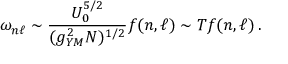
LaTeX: \omega _ { n \ell } \sim { \frac { U _ { 0 } ^ { 5 / 2 } } { ( g _ { Y M } ^ { 2 } N ) ^ { 1 / 2 } } } f ( n , \ell ) \sim T f ( n , \ell ) \, .